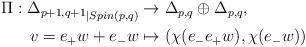
LaTeX: \begin{align*}\begin{aligned} \Pi: {\Delta_{p+1,q+1}}_{|Spin(p,q)} & \rightarrow \Delta_{p,q} \oplus \Delta_{p,q}, \\v=e_+w+e_-w & \mapsto (\chi(e_-e_+w),\chi(e_-w)) \end{aligned}\end{align*}